Source: Computer-generated
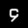
Digit: ၄ (4)